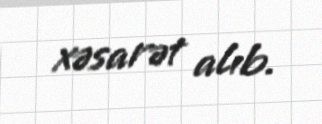
xəsarət alıb.